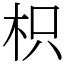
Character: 枳